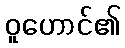
ဝူဟောင်၏